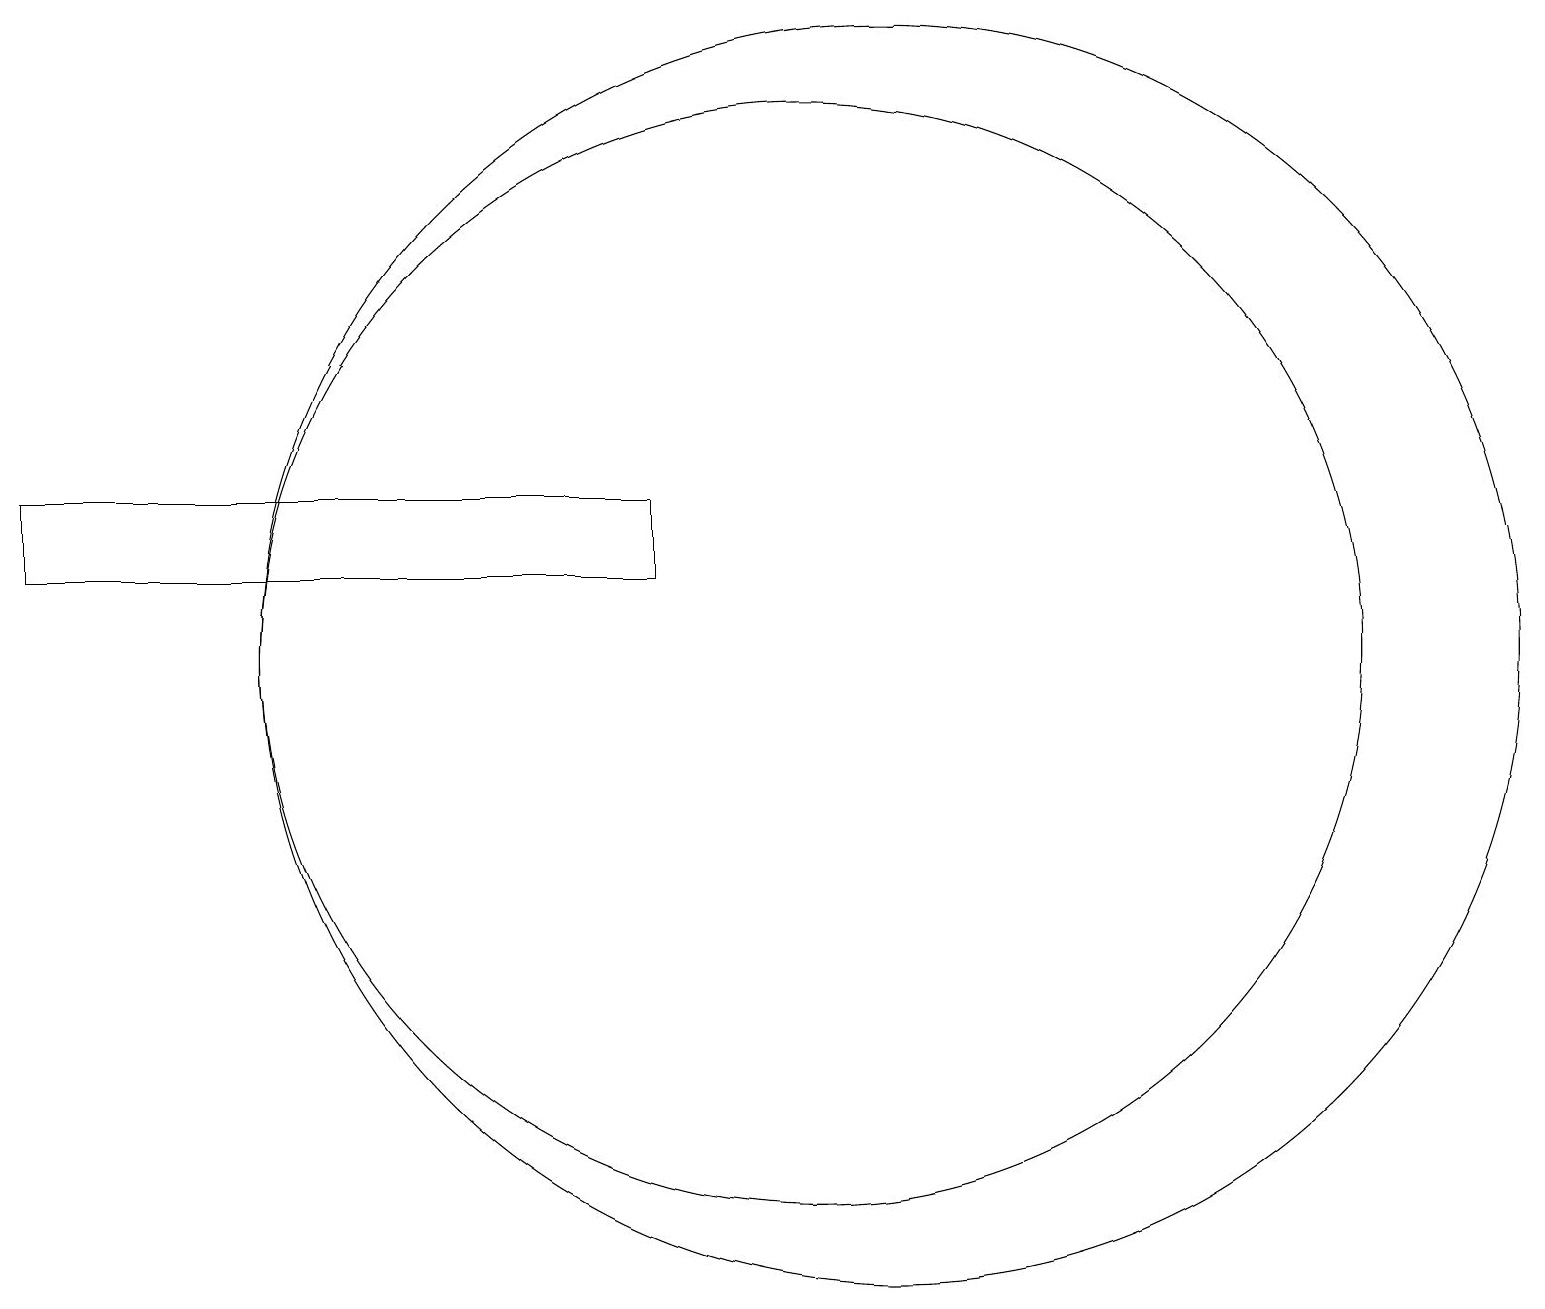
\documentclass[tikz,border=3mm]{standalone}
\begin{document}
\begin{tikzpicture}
\draw (11,10) circle (7);
\draw (12,10) circle (8);
\draw (1,11) rectangle (9,12);
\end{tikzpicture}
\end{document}